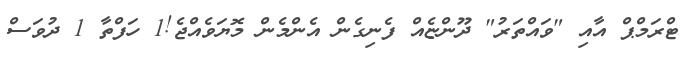
ޓްރަމްޕް އާއި "ވައްތަރު" ދޫންޏެއް ފެނިގެން އެންމެން މޮޔަވެއްޖެ!1 ހަފްތާ 1 ދުވަސް